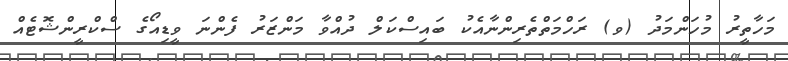
މަހާތީރު މުހަންމަދު (ވ) ރަހްމަތްތެރިންނާއެކު ބައިސްކަލް ދުއްވާ މަންޒަރު ފެންނަ ވީޑިއޯގެ ސްކްރީންޝޮޓެއް